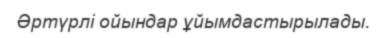
Әртүрлі ойындар ұйымдастырылады.